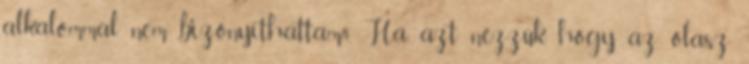
alkalommal nem bizonyíthattam.4 Ha azt nézzük, hogy az olasz